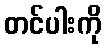
တင်ပါးကို